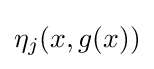
\eta _{j}(x,g(x))